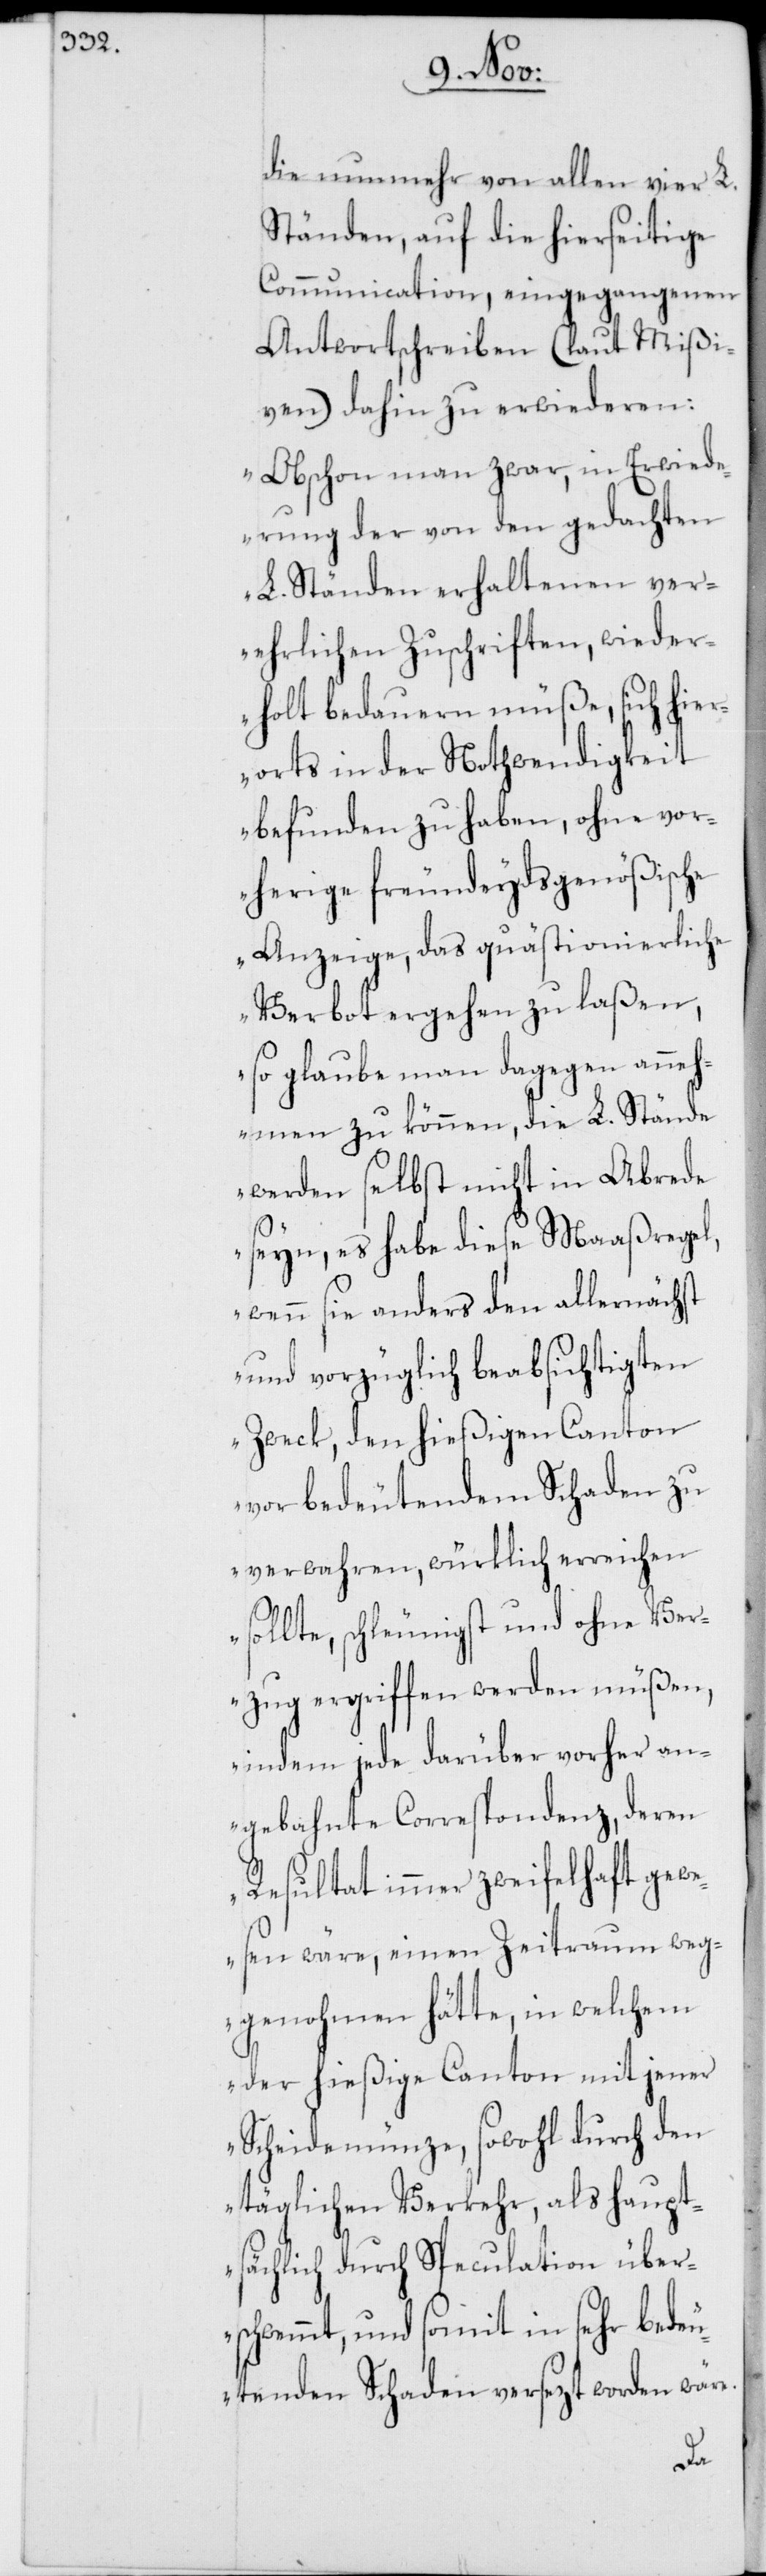
die nunmehr von allen vier L.
Ständen, auf die hierseitige
Communication, eingegangenen
Antwortschreiben (laut Mißi¬
ven) dahin zu erwideren:
„Obschon man zwar, in Erwid¬
erung der von den gedachten
L. Ständen erhaltenen ver¬
ehrlichen Zuschriften, wieder¬
holt bedauern müße, sich hier¬
orts in der Nothwendigkeit
befunden zu haben, ohne vor¬
herige freundeydsgenößische
Anzeige, das quästionierliche
Verbot ergehen zu laßen,
so glaube man dagegen anneh¬
men zu können, die L. Stände
werden selbst nicht in Abrede
seyn, es habe diese Maaßregel,
wenn sie anders den allernächst
und vorzüglich beabsichtigten
Zweck, den hießigen Canton
vor bedeutendem Schaden zu
verwahren, würklich erreichen
sollte, schleunigst und ohne Ver¬
zug ergriffen werden müßen,
indem jede darüber vorher an¬
gebahnte Correspondenz, deren
Resultat immer zweifelhaft gewe¬
sen wäre, einen Zeitraum weg¬
genohmen hätte, in welchem
der hießige Canton mit jener
Scheidemünze, sowohl durch den
täglichen Verkehr, als haupt¬
sächlich durch Speculation übers¬
chwemmt, und somit in sehr bede¬
utenden Schaden versezt worden wäre.